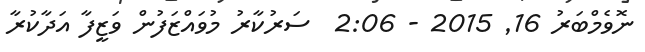
ނޮވެމްބަރު 16